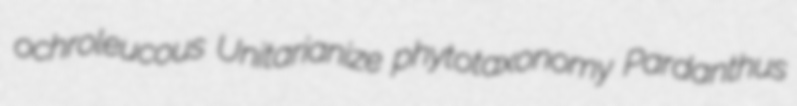
ochroleucous Unitarianize phytotaxonomy Pardanthus